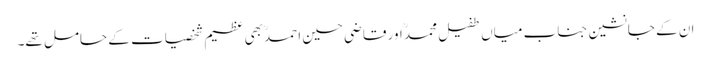
ان کے جانشین جناب میاں طفیل محمدؒ اور قاضی حسین احمدؒ بھی عظیم شخصیات کے حامل تھے۔